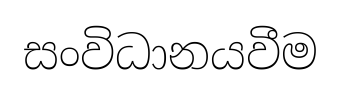
සංවිධානයවීම